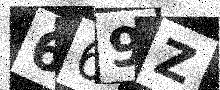
Text: 669Z